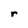
Character: r